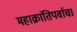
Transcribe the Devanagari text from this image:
महाक्रांतिपर्वाचा